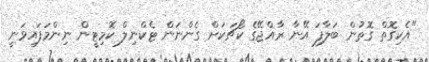
"އެކިގޮތް ގޮތުން ބަލާފަ އޭނާ ރާއްޖޭގެ ކޯޗަކަށް ގެންނަން ޓެކްނިލް ކޮމިޓީން ނިންމަފައިވަނީ